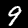
Label: 9